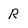
Character: R